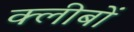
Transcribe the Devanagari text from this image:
क्लीबों